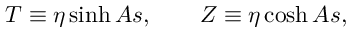
T \equiv \eta \sinh A s , \qquad Z \equiv \eta \cosh A s ,